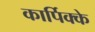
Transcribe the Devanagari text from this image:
कार्पिक्के